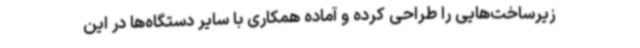
زیرساخت‌هایی را طراحی کرده و آماده همکاری با سایر دستگاه‌ها در این